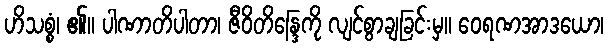
ဟိသစ္စံ၊ ၏။ ပါဏာတိပါတာ၊ ဇီဝိတိန္ဒြေကို လျင်စွာချခြင်းမှ။ ဝေရဏအာဒယော၊